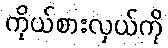
ကိုယ်စားလှယ်ကို